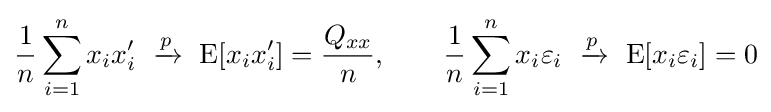
{\frac {1}{n}}\sum _{i=1}^{n}x_{i}x'_{i}\ \xrightarrow {p} \ \operatorname {E} [x_{i}x_{i}']={\frac {Q_{xx}}{n}},\qquad {\frac {1}{n}}\sum _{i=1}^{n}x_{i}\varepsilon _{i}\ \xrightarrow {p} \ \operatorname {E} [x_{i}\varepsilon _{i}]=0